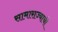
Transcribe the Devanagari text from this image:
सामाराज्याची